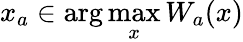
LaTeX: x_{a}\in\arg\operatorname*{max}_{x}W_{a}(x)